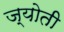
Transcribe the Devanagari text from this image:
ज्‍योती